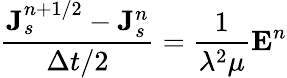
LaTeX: \frac{{\mathbf J}_{s}^{n+1/2}-{\mathbf J}_{s}^{n}}{\Delta t/2}=\frac{1}{\lambda^{2}\mu}{\mathbf E}^{n}